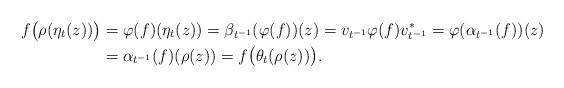
LaTeX: \begin{align*}f\big(\rho(\eta_t(z))\big)&=\varphi(f)(\eta_t(z))=\beta_{t^{-1}}(\varphi(f))(z)=v_{t^{-1}}\varphi(f)v_{t^{-1}}^*=\varphi(\alpha_{t^{-1}}(f))(z)\\&=\alpha_{t^{-1}}(f)(\rho(z))=f\big(\theta_t(\rho(z))\big).\end{align*}